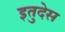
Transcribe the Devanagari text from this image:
इतुदेस